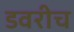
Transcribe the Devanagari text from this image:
डवरीच